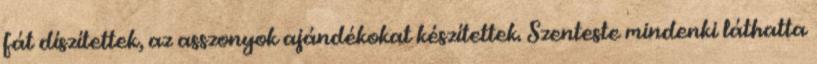
fát díszítettek, az asszonyok ajándékokat készítettek. Szenteste mindenki láthatta